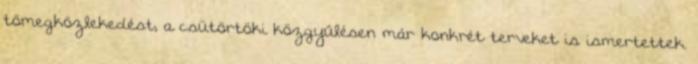
tömegközlekedést, a csütörtöki közgyűlésen már konkrét terveket is ismertettek.